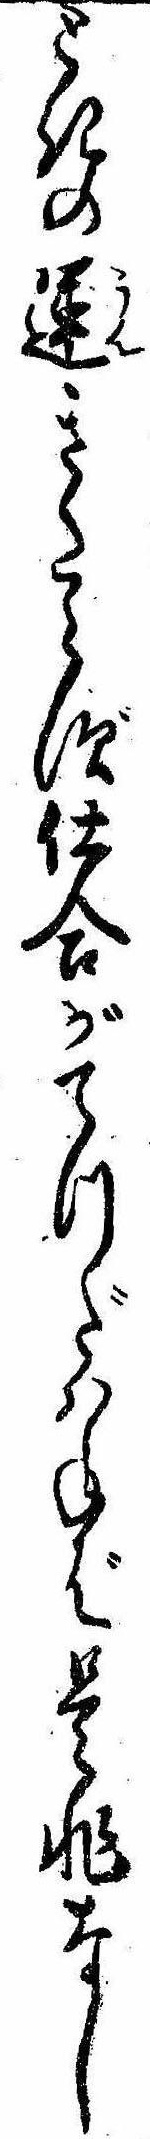
ときの運きたらず仕合がてつだはねば是非なし